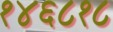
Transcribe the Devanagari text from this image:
१४६८१८